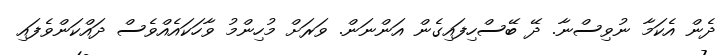
ދެން އެކަމާ ނުވިސްނާ. ދޭ ބޭސްހިފައިގެން އަންނަން. ވަރަށް މުހިންމު ވާހަކައެއްވެސް ދައްކަންވެފައި